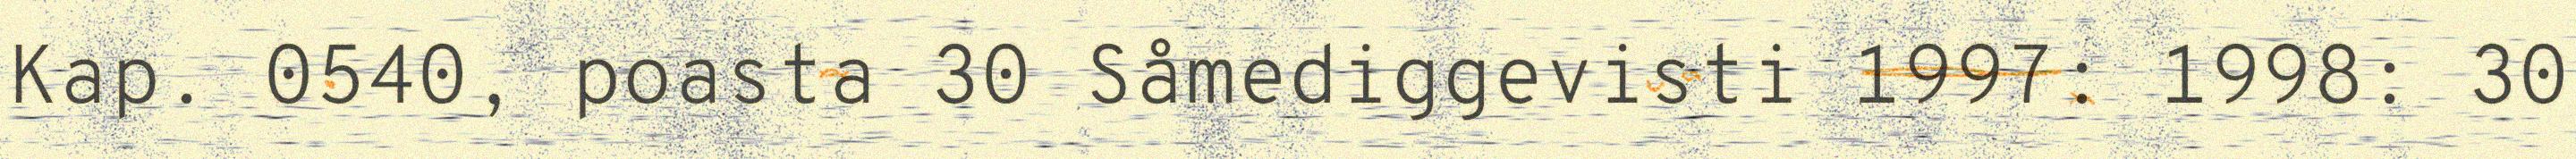
Kap. 0540, poasta 30 Såmediggevisti 1997: 1998: 30